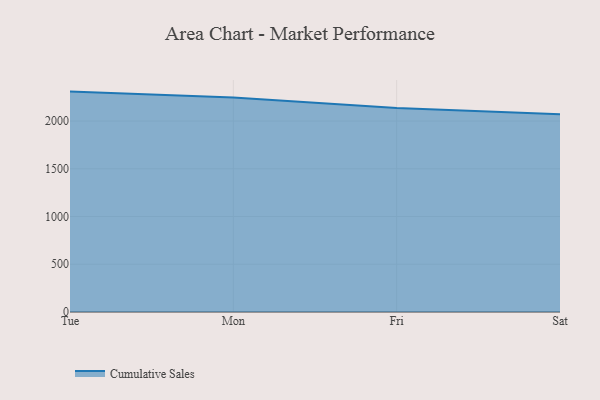
{"axis": {"x": "Day", "y": "LTV (USD)"}, "legend": ["Cumulative Sales"], "data": [{"x": "Tue", "y": 2307.8, "type": "Cumulative Sales"}, {"x": "Mon", "y": 2247.0, "type": "Cumulative Sales"}, {"x": "Fri", "y": 2135.7, "type": "Cumulative Sales"}, {"x": "Sat", "y": 2069.7, "type": "Cumulative Sales"}]}